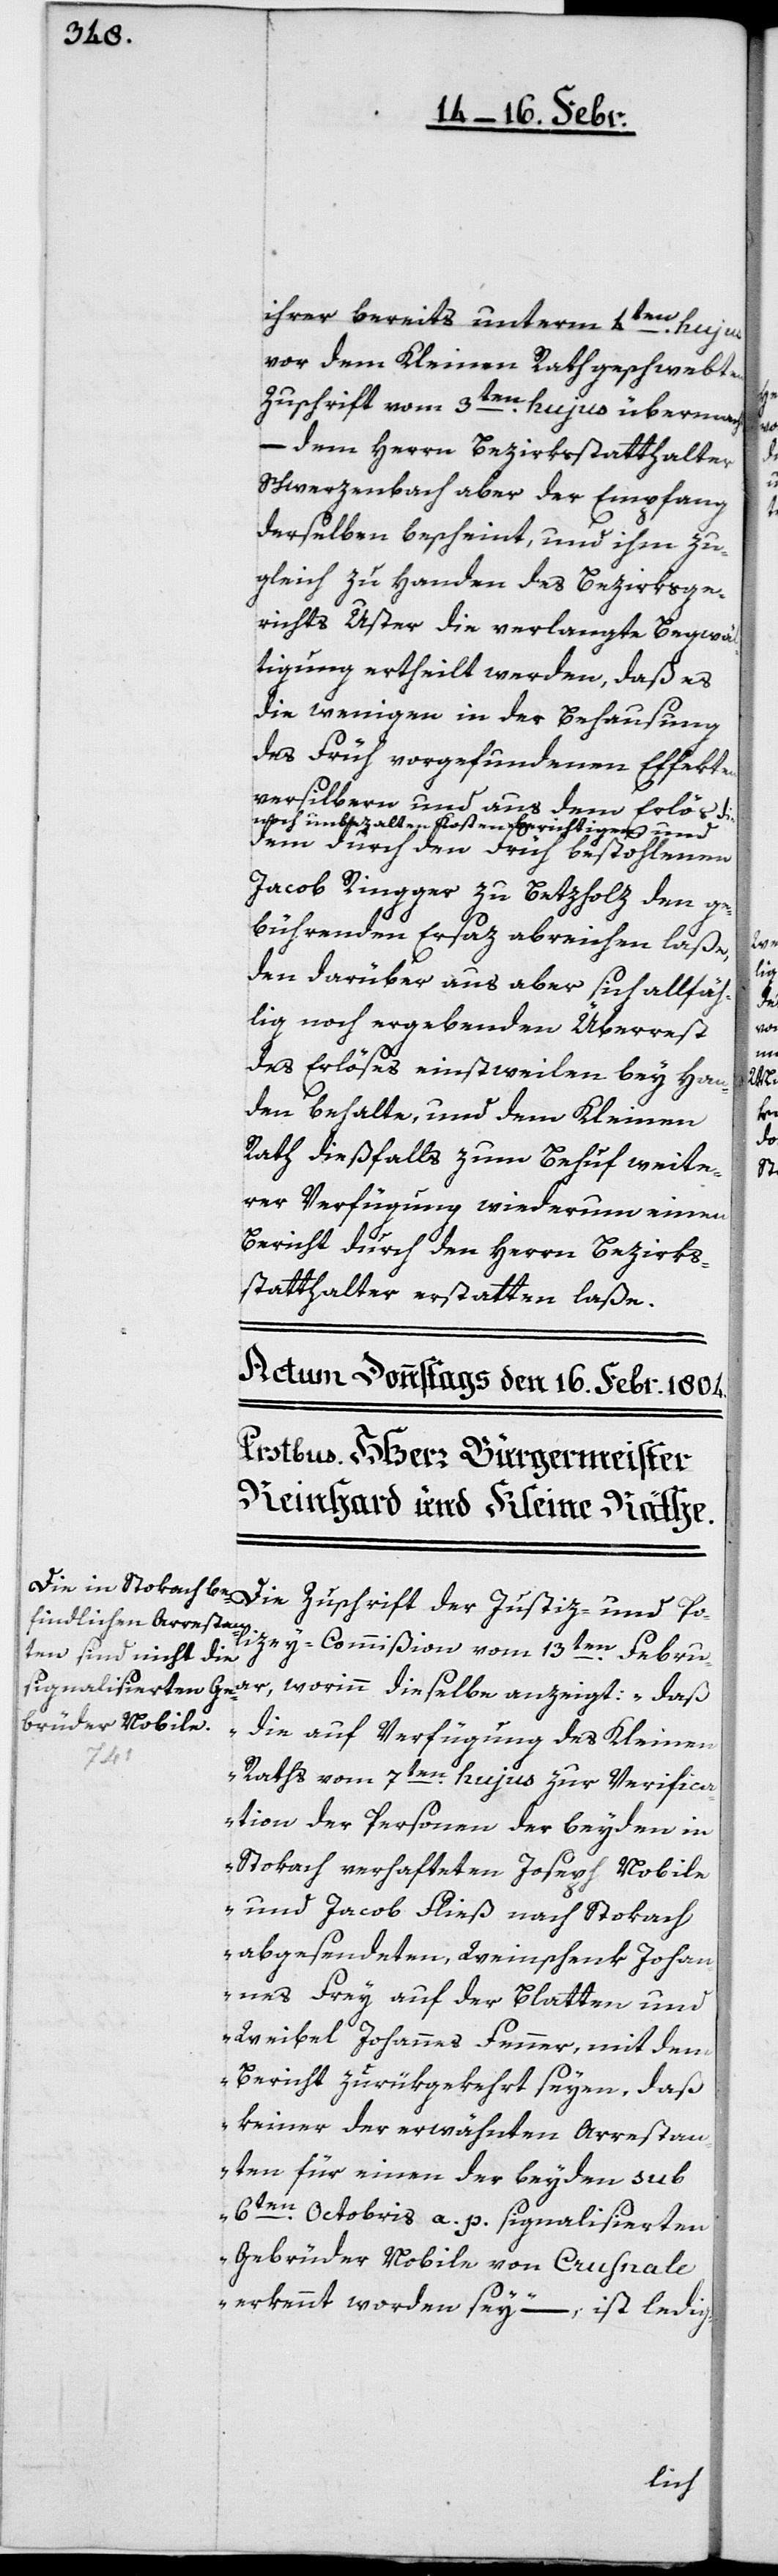
ihrer bereits unterm 4ten. hujus
vor dem Kleinen Rath geschwebten
Zuschrift vom 3ten. hujus übermacht,
– dem Herrn Bezirksstatthalter
Schwerzenbach aber der Empfang
derselben bescheint, und ihm zu¬
gleich zu Handen des Bezirksge¬
richts Uster die verlangte Begwä¬
ltigung ertheilt werden, daß es
die wenigen in der Behausung
des Früh vorgefundenen Effekten
versilbern und aus dem Erlös die
noch unbezahlten Kosten berichtigen und
dem durch den Früh bestohlenen
Jacob Ringger zu Betzholz den ge¬
bührenden Ersaz abreichen laße,
den darüber aus aber sich allfäh¬
lig noch ergebenden Überrest
des Erlöses einstweilen bey Han¬
den behalte, und dem Kleinen
Rath dießfalls zum Behuf weite¬
rer Verfügung wiederum einen
Bericht durch den Herrn Bezirks¬
statthalter erstatten laße.
zey-Commißion vom 13ten. Febru¬
ar, worinn dieselbe anzeigt: „daß
die auf Verfügung des Kleinen
Poli¬
Raths vom 7ten. hujus zur Verifica¬
tion der Personen der beyden in
Stokach verhafteten Joseph Nobile
und Jacob Fließ nach Stokach
abgesendeten, Weinschenk Johan¬
nes Frey auf der Blatten und
Weibel Johannes Fenner, mit dem
Bericht zurükgekehrt seyen, daß
keiner der erwähnten Arrestan¬
ten für einen der beyden sub
6ten. Octobris a. p. signalisierten
Gebrüder Nobile von Crusnale
erkennt worden sey“, – ist ledig-